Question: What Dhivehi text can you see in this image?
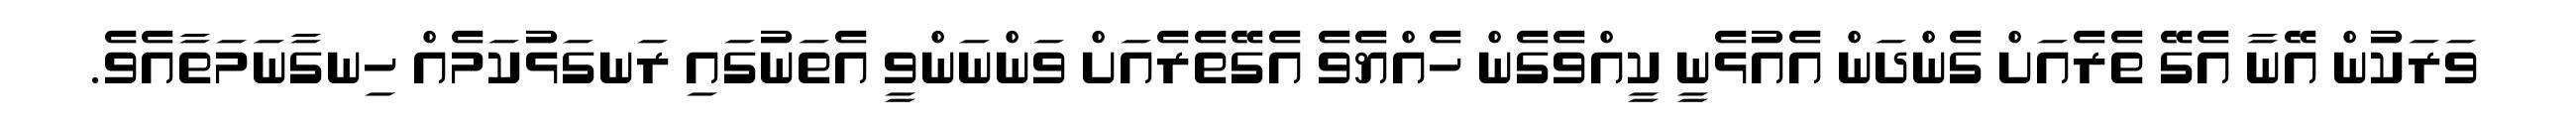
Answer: ވަރަކުން އޭނާ އެގޭ ތެރެއަށް ގެންދަން އެއުޅެނީ ކީއްވެގެން ހެއްޔެވެ އެގޭތެރެއަށް ވަންނަންވީ އެތަނުގައި ރަނގަޅުކަމެއް ހިނގާނަމަތާއެވެ.